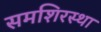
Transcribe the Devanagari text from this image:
समशिरस्था